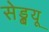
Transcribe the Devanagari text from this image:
सेट्च्यू